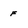
Character: F